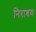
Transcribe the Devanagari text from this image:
निराश्रयः